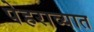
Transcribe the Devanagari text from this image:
पेहराव्यात